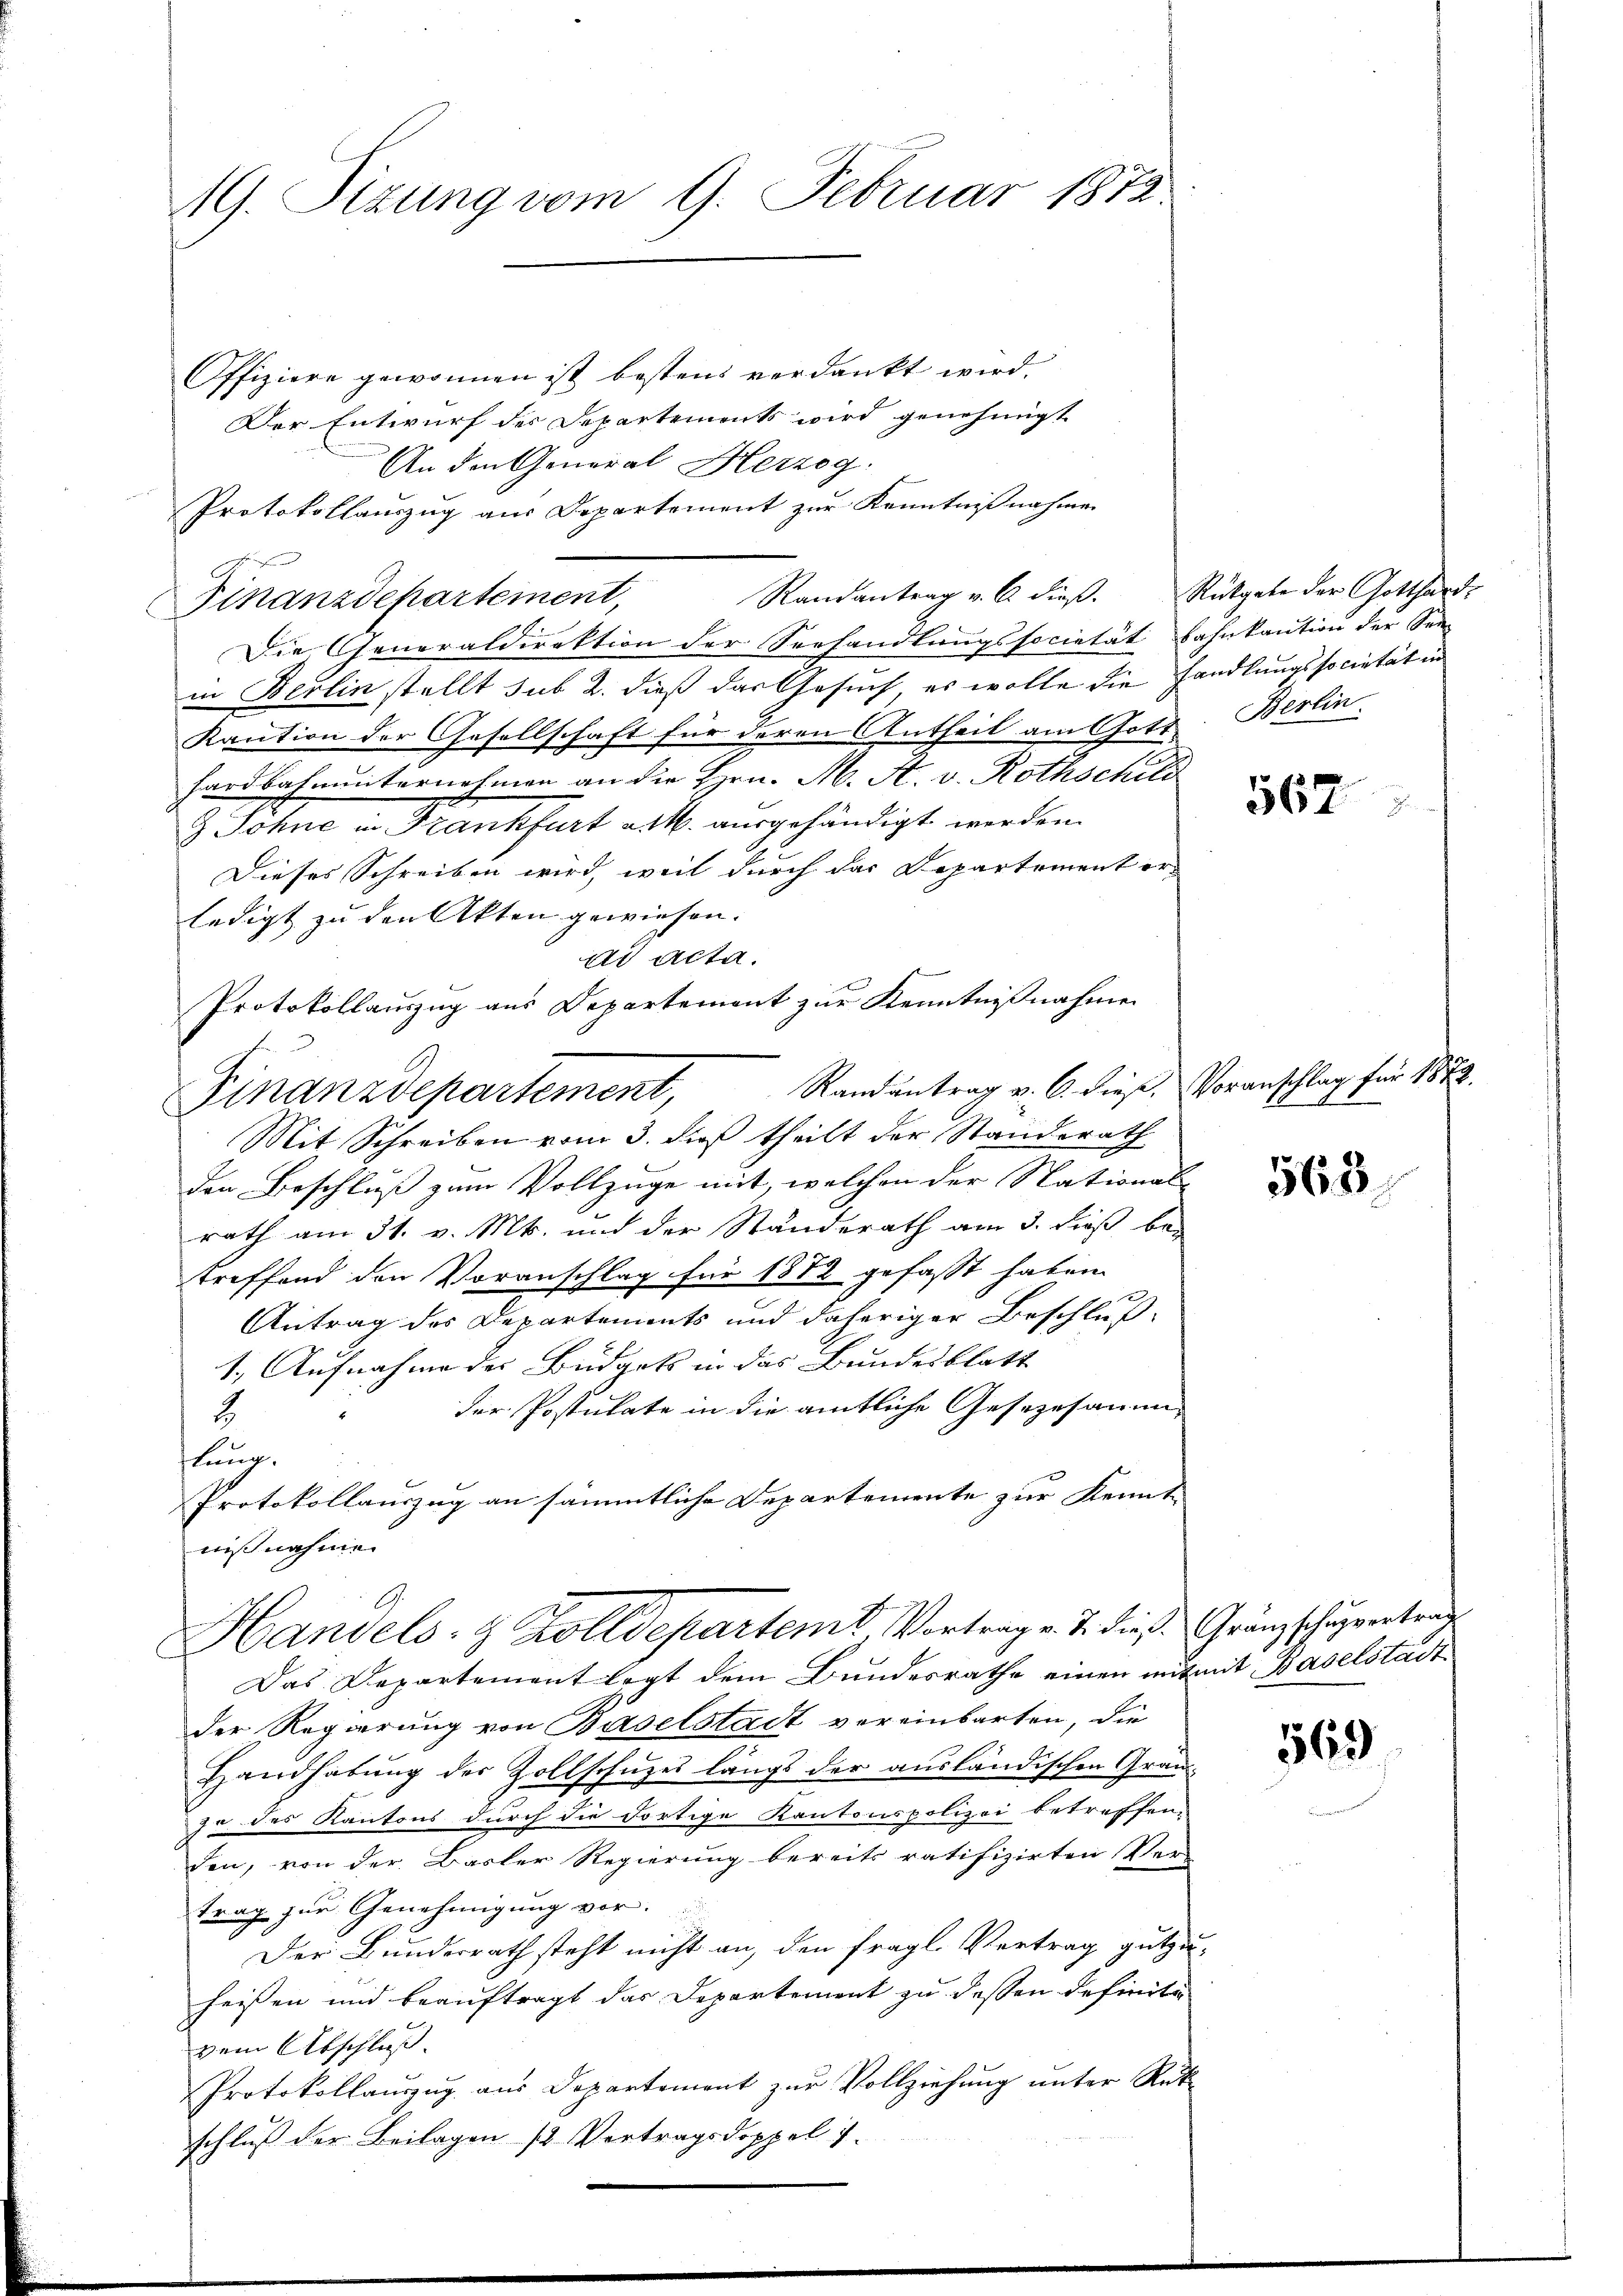
19. Sitzung vom 9. Februar 1872

Offiziere gewonnen ist bestens verdankt wird.
Der Entwurf des Departements wird genehmigt
An den General Herzog
Protokollauszug aus Departement zur Kenntnißnahme
Randantrag v. 6. dieβ. Rückgabe der Gotthard-
Finanzdepartement,
Die Generaldirektion der Verhandlungssocietät bahnkaution der See-
in Berlin stellt sub 2. dieß das Gesuch es wolle die Handlungssocietät in
Kaution der Gesellschaft für deren Antheil am Gotz, Berlin
hardbahnunternehmen an die Hrn. M. A. v. Rothschild
& Sohne in Frankfurt a M. ausgehändigt werden.
Dieses Schreiben wird, weil durch das Departement er-
ledigt zu den Akten gewiesen.
ad acta.
Protokollauszug aus Departement zur Kenntnißnahme
Randantrag v. 6. diese Voranschlag für 1872.
Finanzdepartement,
Mit Schreiben vom 3. dieß theilt der Standerath
den Beschluß zum Vollzüge mit, welchen der National-
rath am 31. v. Mts. und der Standerath am 3. dieß be-
treffend den Voranschlag für 1882 gefasst haben.
D.
Antrag des Departements und daheriger Beschluß-
1. Aufnahme des Büdgets in das Bundesblatt
der Postulate in die amtliche Gesezesamm
2.
ftung.
Protokollauszug an sämmtliche Departemente zur Kennt- |
nißnahme
Handels- & Zolldepartemt Vortrage. T. diese Gränzschulvertrag
Das Departement legt dem Bundesrathe einen mit mit Baselstadt
der Regierung von Baselstadt vereinbarten, die
Handhabŭng der Zollschŭzes längs der aŭsländischen Grau-
ze des Kantons durch die dortige Kantonspolizei betreffen-
den, von der Barter Regierung bereits ratifizirten Ver-
trag zur Genehmigung vor.
Der Bundesrath steht nicht an, den fragl. Vertrag gutzu-
heißen und beauftragt das Departement zu dessen definiti
vem Abschluß
Protokollauszug aus Departement zur Vollziehung unter Rüt
schluß der Beilagen 12. Vertragsdoppel 7.

567

563

569